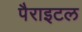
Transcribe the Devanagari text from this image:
पैराइटल